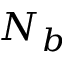
N _ { b }